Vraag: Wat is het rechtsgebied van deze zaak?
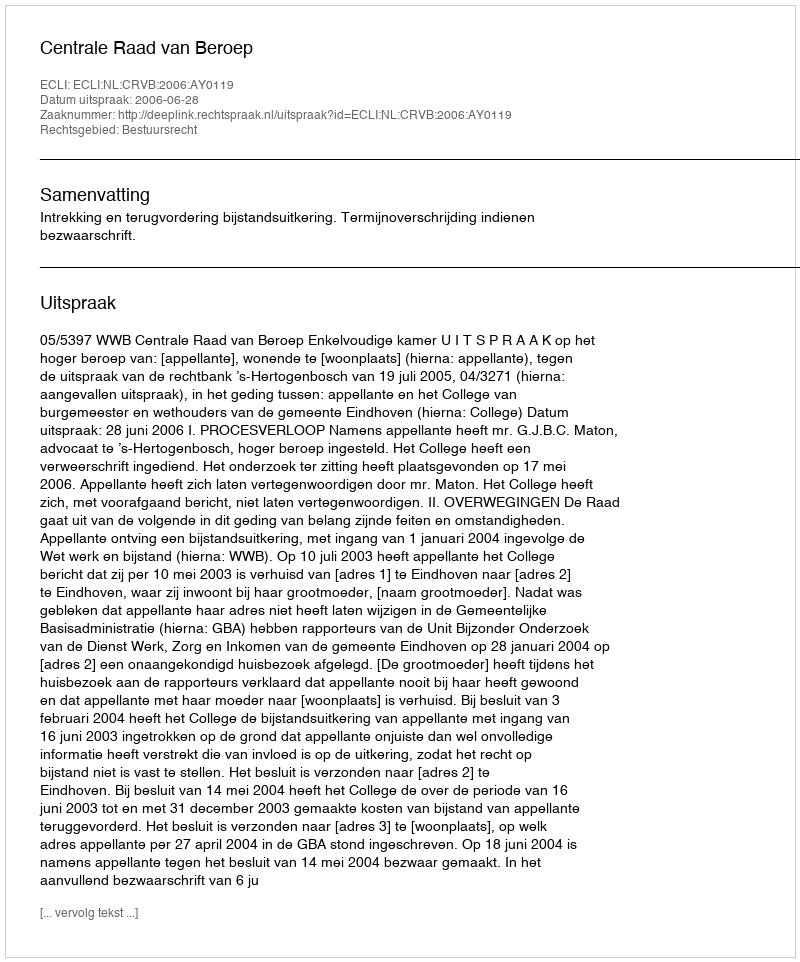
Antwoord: Bestuursrecht